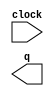
// megafunction wizard: %LPM_COUNTER%VBB%
// GENERATION: STANDARD
// VERSION: WM1.0
// MODULE: LPM_COUNTER 

// ============================================================
// Megafunction Name(s):
// 			LPM_COUNTER
//
// Simulation Library Files(s):
// 			lpm
// ============================================================
// ************************************************************
// THIS IS A WIZARD-GENERATED FILE. DO NOT EDIT THIS FILE!
//
// 13.1.0 Build 162 10/23/2013 SJ Web Edition
// ************************************************************

//Copyright (C) 1991-2013 Altera Corporation
//Your use of Altera Corporation's design tools, logic functions 
//and other software and tools, and its AMPP partner logic 
//functions, and any output files from any of the foregoing 
//(including device programming or simulation files), and any 
//associated documentation or information are expressly subject 
//to the terms and conditions of the Altera Program License 
//Subscription Agreement, Altera MegaCore Function License 
//Agreement, or other applicable license agreement, including, 
//without limitation, that your use is for the sole purpose of 
//programming logic devices manufactured by Altera and sold by 
//Altera or its authorized distributors.  Please refer to the 
//applicable agreement for further details.

module lpm_counter0 (
	clock,
	q);

	input	  clock;
	output	[25:0]  q;

endmodule

// ============================================================
// CNX file retrieval info
// ============================================================
// Retrieval info: PRIVATE: ACLR NUMERIC "0"
// Retrieval info: PRIVATE: ALOAD NUMERIC "0"
// Retrieval info: PRIVATE: ASET NUMERIC "0"
// Retrieval info: PRIVATE: ASET_ALL1 NUMERIC "1"
// Retrieval info: PRIVATE: CLK_EN NUMERIC "0"
// Retrieval info: PRIVATE: CNT_EN NUMERIC "0"
// Retrieval info: PRIVATE: CarryIn NUMERIC "0"
// Retrieval info: PRIVATE: CarryOut NUMERIC "0"
// Retrieval info: PRIVATE: Direction NUMERIC "0"
// Retrieval info: PRIVATE: INTENDED_DEVICE_FAMILY STRING "Cyclone III"
// Retrieval info: PRIVATE: ModulusCounter NUMERIC "0"
// Retrieval info: PRIVATE: ModulusValue NUMERIC "0"
// Retrieval info: PRIVATE: SCLR NUMERIC "0"
// Retrieval info: PRIVATE: SLOAD NUMERIC "0"
// Retrieval info: PRIVATE: SSET NUMERIC "0"
// Retrieval info: PRIVATE: SSET_ALL1 NUMERIC "1"
// Retrieval info: PRIVATE: SYNTH_WRAPPER_GEN_POSTFIX STRING "0"
// Retrieval info: PRIVATE: nBit NUMERIC "26"
// Retrieval info: PRIVATE: new_diagram STRING "1"
// Retrieval info: LIBRARY: lpm lpm.lpm_components.all
// Retrieval info: CONSTANT: LPM_DIRECTION STRING "UP"
// Retrieval info: CONSTANT: LPM_PORT_UPDOWN STRING "PORT_UNUSED"
// Retrieval info: CONSTANT: LPM_TYPE STRING "LPM_COUNTER"
// Retrieval info: CONSTANT: LPM_WIDTH NUMERIC "26"
// Retrieval info: USED_PORT: clock 0 0 0 0 INPUT NODEFVAL "clock"
// Retrieval info: USED_PORT: q 0 0 26 0 OUTPUT NODEFVAL "q[25..0]"
// Retrieval info: CONNECT: @clock 0 0 0 0 clock 0 0 0 0
// Retrieval info: CONNECT: q 0 0 26 0 @q 0 0 26 0
// Retrieval info: GEN_FILE: TYPE_NORMAL lpm_counter0.v TRUE
// Retrieval info: GEN_FILE: TYPE_NORMAL lpm_counter0.inc FALSE
// Retrieval info: GEN_FILE: TYPE_NORMAL lpm_counter0.cmp FALSE
// Retrieval info: GEN_FILE: TYPE_NORMAL lpm_counter0.bsf TRUE FALSE
// Retrieval info: GEN_FILE: TYPE_NORMAL lpm_counter0_inst.v FALSE
// Retrieval info: GEN_FILE: TYPE_NORMAL lpm_counter0_bb.v TRUE
// Retrieval info: LIB_FILE: lpm